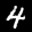
Label: 4